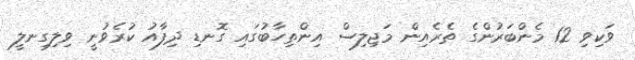
ވަކިވި 12 މެންބަރުންގެ ތެރެއިން މަޖިލިސް އިންތިހާބުގައި ގޮނޑި ދިފާއު ކުރެވުނީ ވިލިގިނލީ